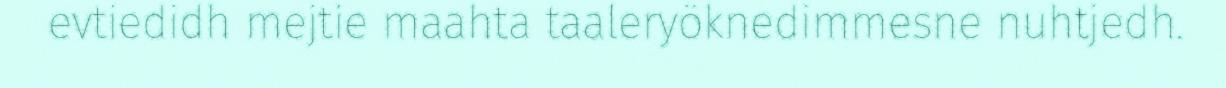
evtiedidh mejtie maahta taaleryöknedimmesne nuhtjedh.